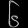
Digit: ၆